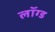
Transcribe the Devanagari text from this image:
लॉग्ड